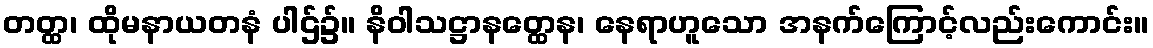
တတ္ထ၊ ထိုမနာယတနံ ပါဌ်၌။ နိဝါသဋ္ဌာနတ္ထေန၊ နေရာဟူသော အနက်ကြောင့်လည်းကောင်း။